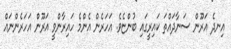
އިނދެ އަރޫން ސަނާދައްތަ ކައިރީގައި ބުންޏެވެ. އަހަރެން އެންމެ ހައިރާންވީ އަރޫން އަހަރެންނައް